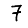
Digit: 7